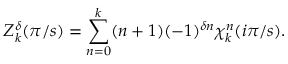
Z _ { k } ^ { \delta } ( \pi / s ) = \sum _ { n = 0 } ^ { k } ( n + 1 ) ( - 1 ) ^ { \delta n } \chi _ { k } ^ { n } ( i \pi / s ) .